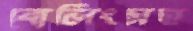
বোলিংসহ